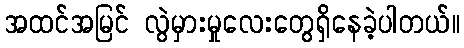
အထင်အမြင် လွဲမှားမှုလေးတွေရှိနေခဲ့ပါတယ်။